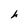
Character: h